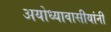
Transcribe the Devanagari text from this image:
अयोध्यावासीयांनी